Problem: 9 × 6 = ?
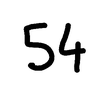
Handwritten answer: 54